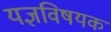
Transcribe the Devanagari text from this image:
यज्ञविषयक